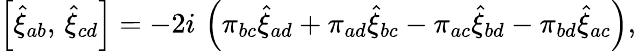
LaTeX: \left[\hat{\xi}_{ab},\, \hat{\xi}_{cd}\right]=-2i\, \left(\pi_{bc}\hat{\xi}_{ad}+\pi_{ad}\hat{\xi}_{bc}-\pi_{ac}\hat{\xi}_{bd}-\pi_{bd}\hat{\xi}_{ac}\right),